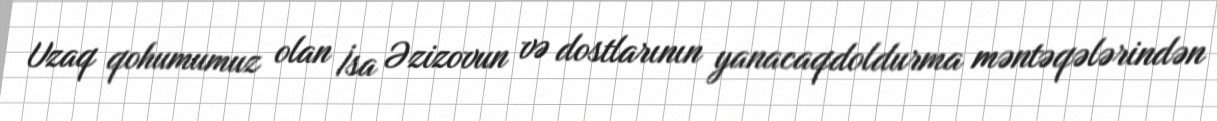
Uzaq qohumumuz olan İsa Əzizovun və dostlarının yanacaqdoldurma məntəqələrindən